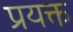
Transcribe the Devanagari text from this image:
प्रयक्त